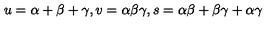
u = \alpha + \beta + \gamma , v = \alpha \beta \gamma , s = \alpha \beta + \beta \gamma + \alpha \gamma